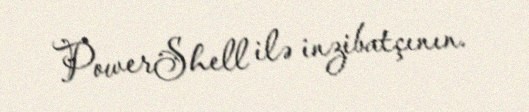
PowerShell ilə inzibatçının.